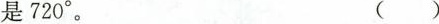
是720°。 ( )